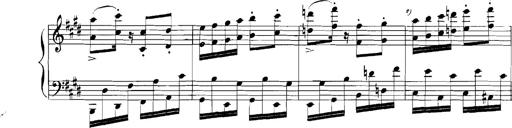
Title: Rhapsodies hongroises
Composer: Franz Liszt